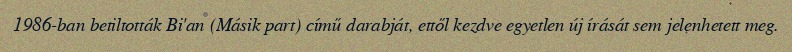
1986-ban betiltották Bi'an (Másik part) című darabját, ettől kezdve egyetlen új írását sem jelenhetett meg.